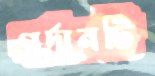
গর্দানটি